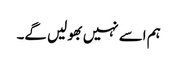
ہم اسے نہیں بھولیں گے۔